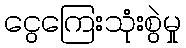
ငွေကြေးသုံးစွဲမှု